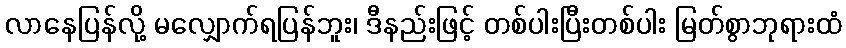
လာနေပြန်လို့ မလျှောက်ရပြန်ဘူး၊ ဒီနည်းဖြင့် တစ်ပါးပြီးတစ်ပါး မြတ်စွာဘုရားထံ